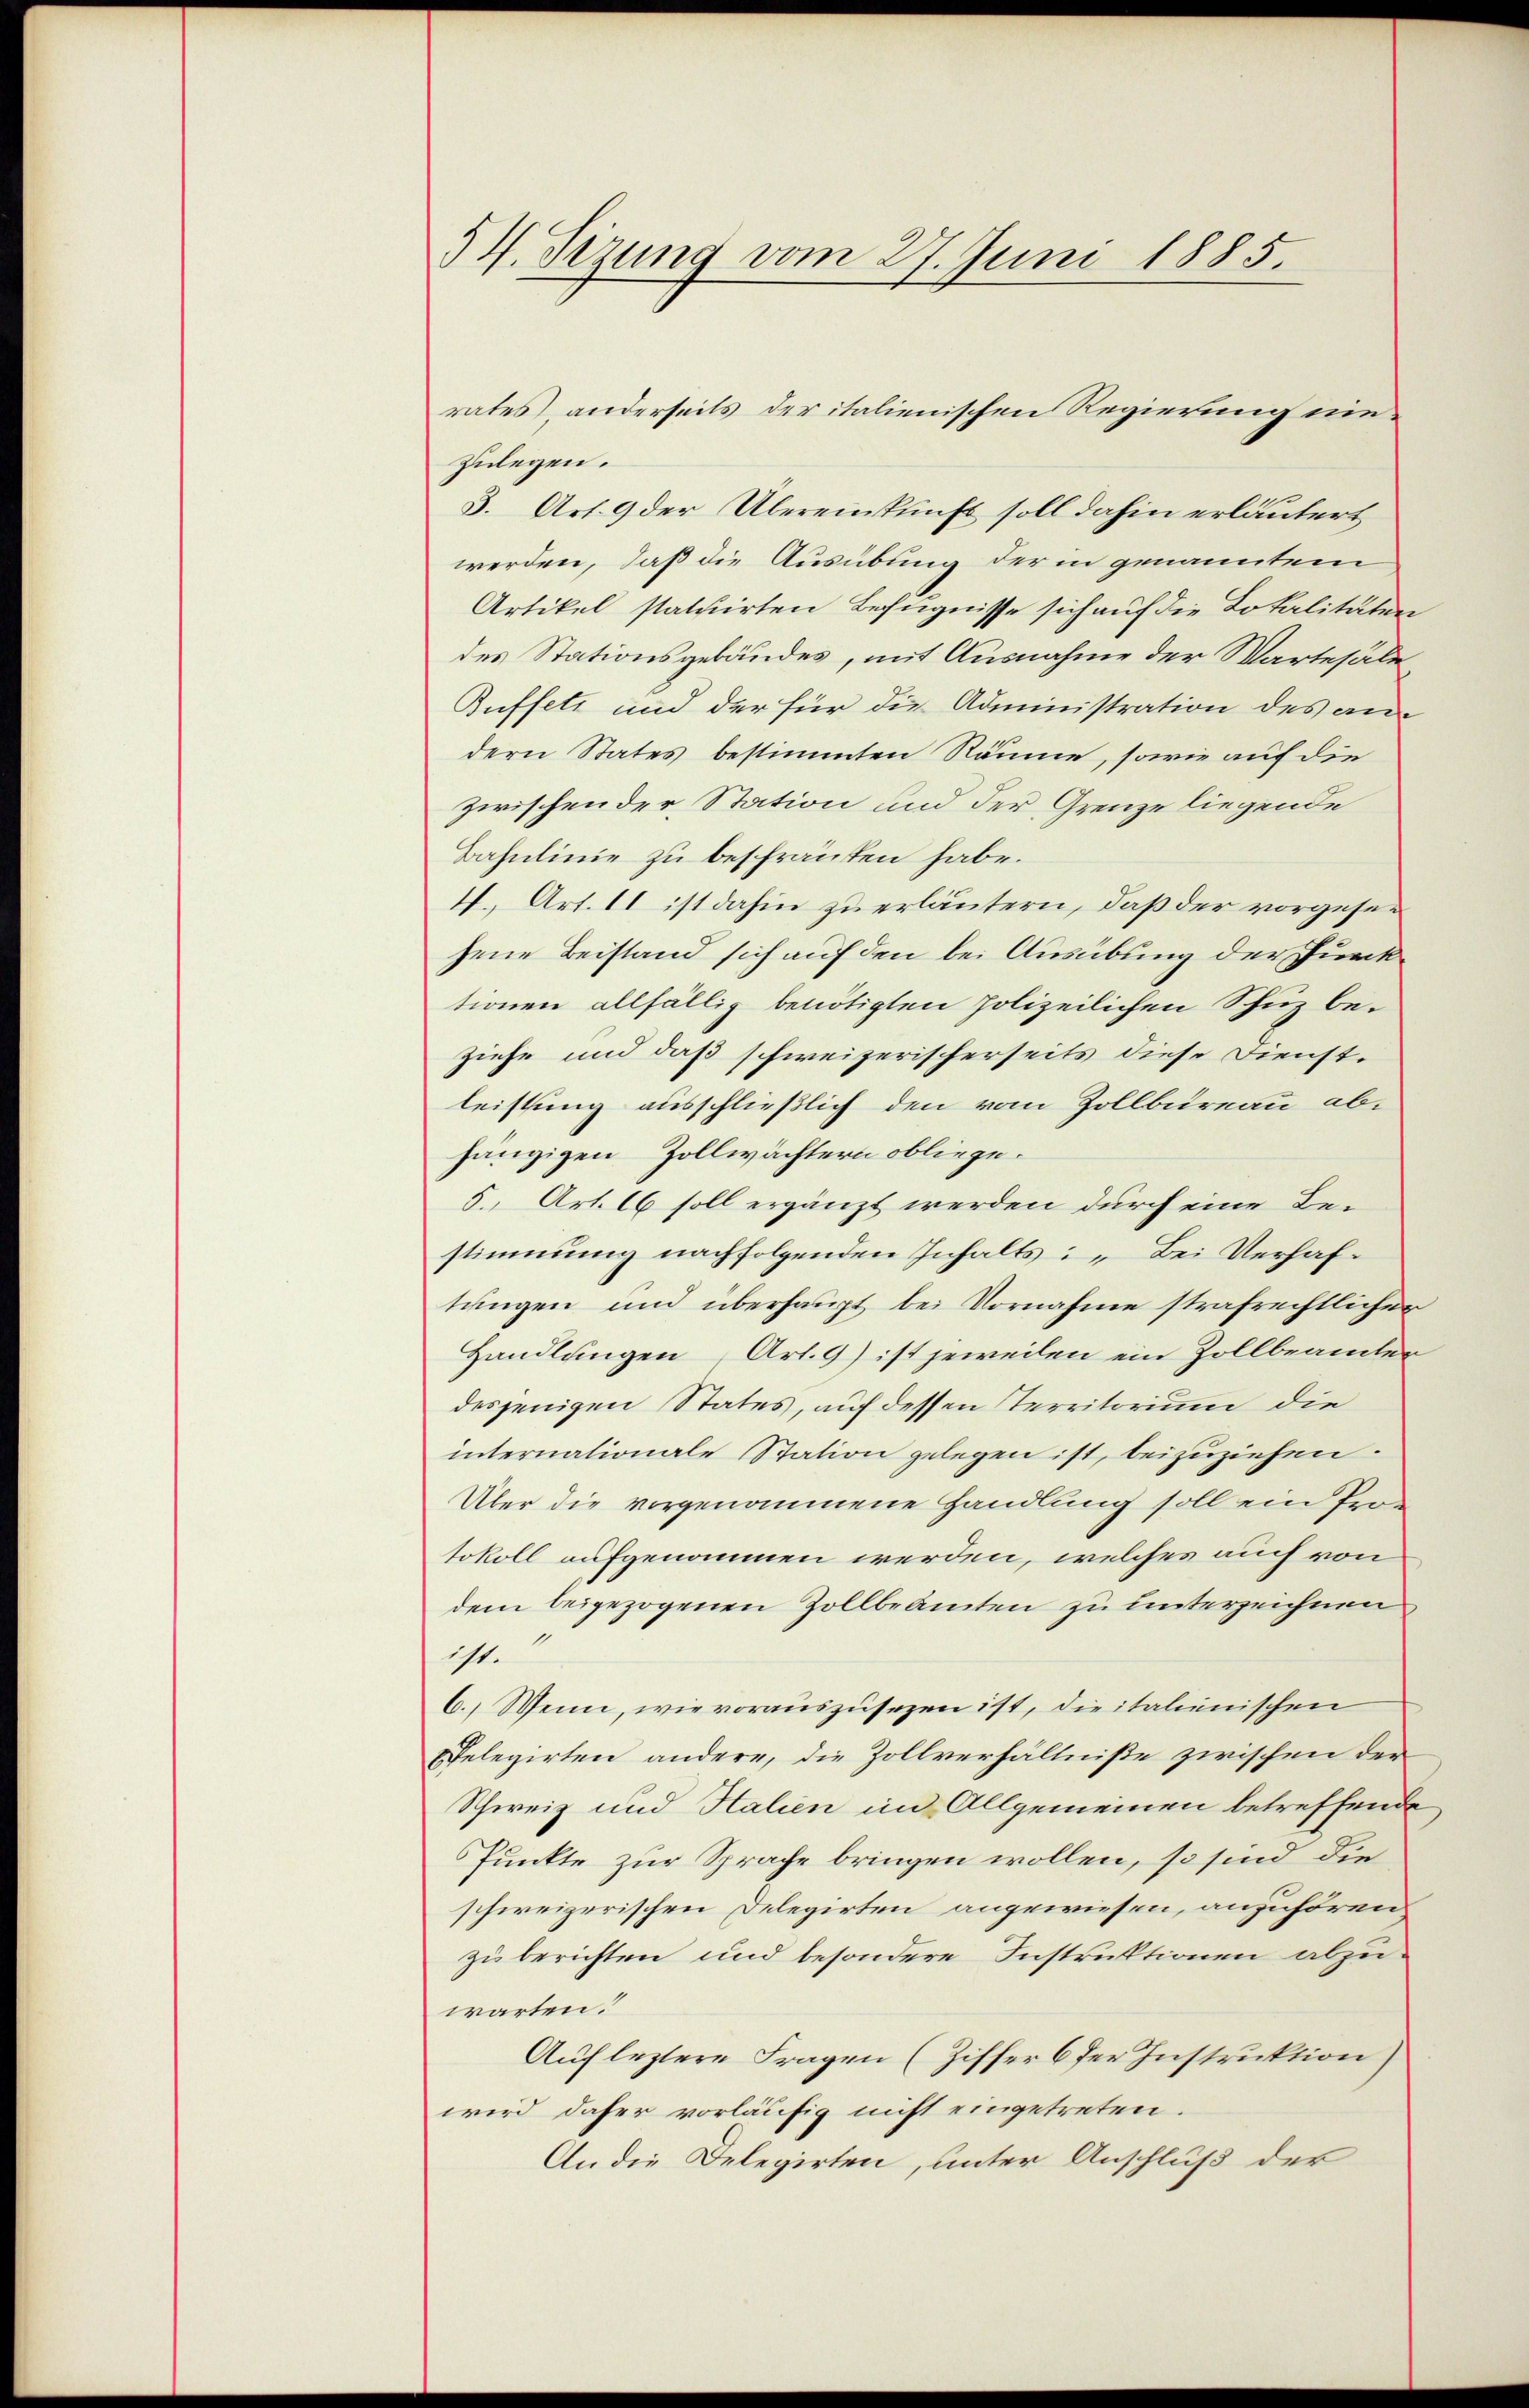
54. Sizung vom 27. Juni 1885.

zulegen.
3. Art. 9 der Übereinskunft soll dahin erläutert
werden, daß die Ausübung der in genanntem
Artikel statuirten Befugnisse sich auf die Lokalitäten
des Stationsgebäudes, mit Ausnahme der Wartesäle¬
Buffett und der für die Administration des andern States bestimmten Räume, sowie auf die
zwischender Station und der Grenze liegende
Bahnlinie zu beschränken habe.
4., Art. 11 ist dahin zu erläutern, daß der vorgesejene Beistand sich auf den bei Ausübung der Punktionen allfällig benötigten Polizeilichen Schuz beziehe und daß schweizerischerseits diese Dienstleistung ausschließlich den vom Zollbureau abhängigen Zollwächtern obliege.
5., Art. 66 soll ergänzt werden durch eine Bestimmung nachfolgenden Inhalts: „Bei Verhaftungen und überhaupt bei Vornahme strafrechtlicher
Handlungen Art. 9) ist jeweilen ein Zollbeamter
desjenigen States, auf dessen Territorium die
internationale Station gelegen ist, beizuziehen.
Über die vorgenommene Handlung soll ein Protokoll aufgenommen werden, welches auch von
dem beigezogenen Zollbeamten zu unterzeichnen
11.
6.) Wenn, wie vorauszusezen ist, die italienischen
elegirten andere, die Zollverhältniße zwischen der
Schweiz und Halien im Allgemeinen betreffende
Punkte zur Sprache bringen wollen, so sind die
schweizerischen Delegirten angewiesen, anzuhören
zu berichten und besondere Instruktionen abzuwarten!
Auf leztere Fragen (Ziffer 6 der Instruktion)
wird daher vorläufig nicht eingetreten.
An die Delegirten, unter Anschluß der

rates, anderseits der italienischen Regierung nie¬